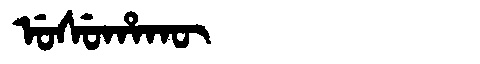
Manchu: ᡠᠰᡠᡥᠠᡴᡡ
Romanization: USUHAKŪ